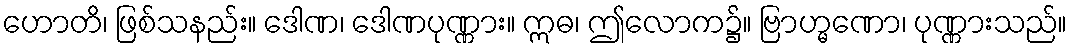
ဟောတိ၊ ဖြစ်သနည်း။ ဒေါဏ၊ ဒေါဏပုဏ္ဏား။ ဣဓ၊ ဤလောက၌။ ဗြာဟ္မဏော၊ ပုဏ္ဏားသည်။